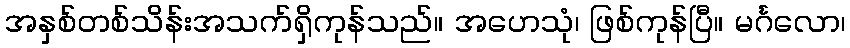
အနှစ်တစ်သိန်းအသက်ရှိကုန်သည်။ အဟေသုံ၊ ဖြစ်ကုန်ပြီ။ မင်္ဂလော၊